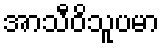
အာသီဝိသူပမာ